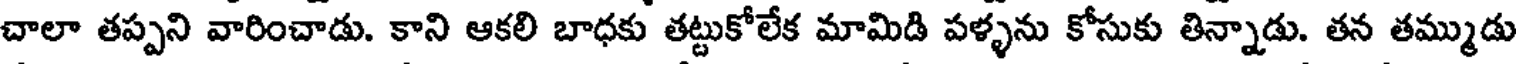
చాలా తప్పని వారించాడు. కాని ఆకలి బాధకు తట్టుకోలేక మామిడి పళ్ళను కోసుకు తిన్నాడు. తన తమ్ముడు